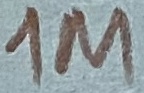
Text: 1M